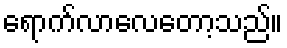
ရောက်လာလေတော့သည်။